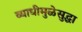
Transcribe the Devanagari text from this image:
व्याधीमुळेसुद्धा